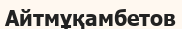
Айтмұқамбетов